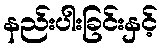
နည်းပါးခြင်းနှင့်